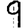
Digit: 9